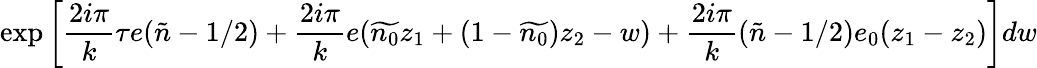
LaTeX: \mathrm{exp}\left[\frac{2i\pi}{k}\tau e(\tilde{n}-1/2)+\frac{2i\pi}{k}e(\widetilde{n_{0}}z_{1}+(1-\widetilde{n_{0}})z_{2}-w)+\frac{2i\pi}{k}(\tilde{n}-1/2)e_{0}(z_{1}-z_{2})\right]dw